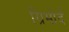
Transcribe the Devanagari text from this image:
ग्रिमोर्द